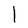
Character: I